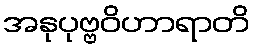
အနုပုဗ္ဗဝိဟာရာတိ